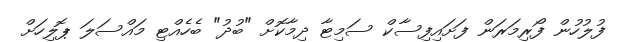
ފުލުހުން ފޯރިމަރަން ފަށައިފިސާކް ސަމިޓާ ދިމާކޮށް "ބުދު" ބެހެއްޓި މައްސަލަ ޕޮލިހަށް